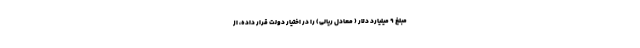
مبلغ ۹ میلیارد دلار ( معادل ریالی) را در اختیار دولت قرار داده، از